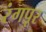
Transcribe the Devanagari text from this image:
रंगपूर